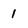
Character: 1